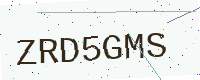
Text: ZRD5GMS